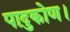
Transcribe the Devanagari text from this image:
पादुकोण।